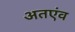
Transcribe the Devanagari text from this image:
अतएंव